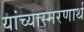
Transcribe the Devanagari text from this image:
यांच्यास्मरणार्थ